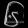
Digit: ၆